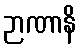
ဉာဏာနိ